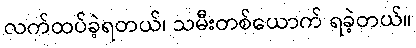
လက်ထပ်ခဲ့ရတယ်၊ သမီးတစ်ယောက် ရခဲ့တယ်။